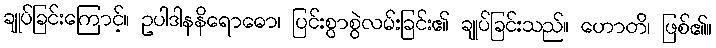
ချုပ်ခြင်းကြောင့်။ ဥပါဒါနနိရောဓော၊ ပြင်းစွာစွဲလမ်းခြင်း၏ ချုပ်ခြင်းသည်။ ဟောတိ၊ ဖြစ်၏။